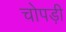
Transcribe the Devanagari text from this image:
चोपड़ी